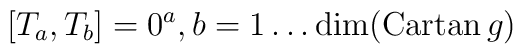
[T_a , T_b]= 0 \sp a ,b = 1 \ldots {\rm dim}({\rm Cartan}\,g)